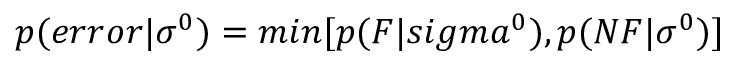
p ( e r r o r | \sigma ^ { 0 } ) = m i n [ p ( F | s i g m a ^ { 0 } ) , p ( N F | \sigma ^ { 0 } ) ]